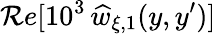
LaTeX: \mathcal{R}e[10^{3}\, \widehat{w}_{\xi,1}(y,y^{\prime})]